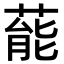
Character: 𮐝